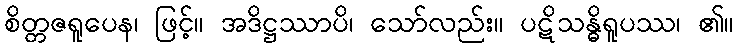
စိတ္တဇရူပေန၊ ဖြင့်။ အဒိဋ္ဌဿာပိ၊ သော်လည်း။ ပဋိသန္ဓိရူပဿ၊ ၏။